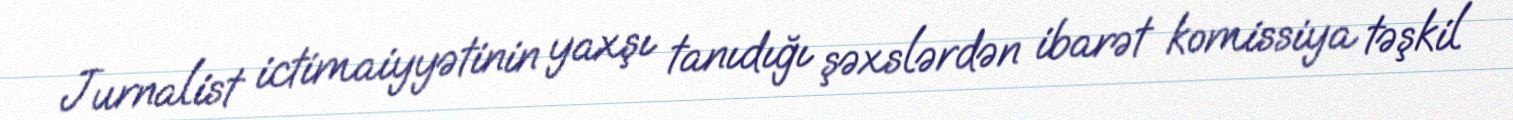
Jurnalist ictimaiyyətinin yaxşı tanıdığı şəxslərdən ibarət komissiya təşkil